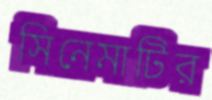
সিনেমাটির